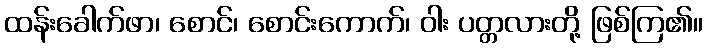
ထန်းခေါက်ဖာ၊ စောင်၊ စောင်းကောက်၊ ဝါး ပတ္တလားတို့ ဖြစ်ကြ၏။